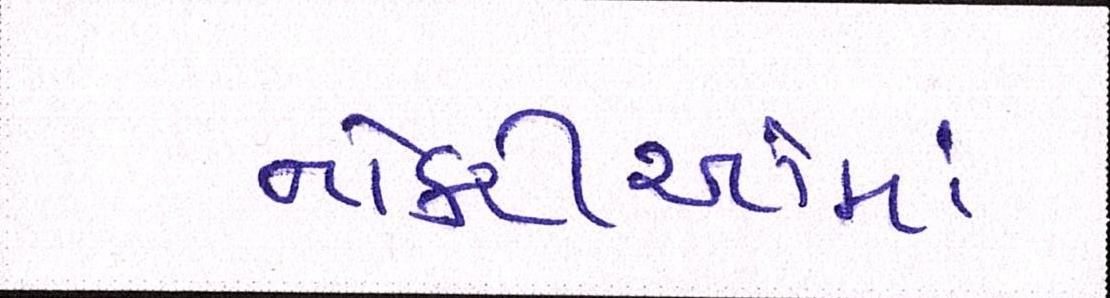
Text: નોકરીઓમાં